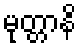
မုတ္တာနိ